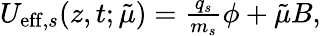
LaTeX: \begin{array}{r}{U_{\mathrm{eff},s}(z,t;\tilde{\mu})=\frac{q_{s}}{m_{s}}\phi+\tilde{\mu}B,}\end{array}